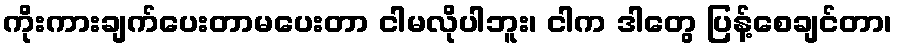
ကိုးကားချက်ပေးတာမပေးတာ ငါမလိုပါဘူး၊ ငါက ဒါတွေ ပြန့်စေချင်တာ၊